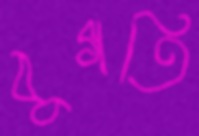
বুগতি